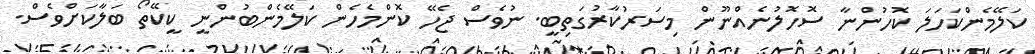
ކަލޭމެންކަހަލަ ކޮހުންނާ ސޮހޮލުނެއްނޫން މިސަރުކާރުގަތިބީ. ނުވެސް ޖެހޭ ކޮންމެހެން ކަލޭމެންބުންނީ ކީކޭތޯ ބަލާކަށްވެސް.